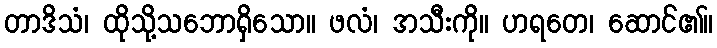
တာဒိသံ၊ ထိုသို့သဘောရှိသော။ ဖလံ၊ အသီးကို။ ဟရတေ၊ ဆောင်၏။